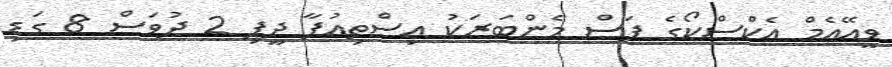
ވީއޭއެމް އެކްސްކޯގެ ފަސް މެންބަރަކު އިސްތިއުފާ ދީފި 2 ދުވަސް 8 ގަޑި